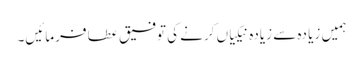
ہمیں زیا دہ سے زیادہ نیکیاں کرنے کی توفیق عطا فرمائیں۔